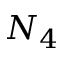
N _ { 4 }